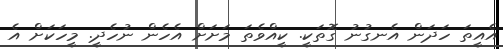
އެއީތަ ހަދަން އެނގުނު ގޮތަކީ. ކީއްވެތަ މަށަށް އެހެން ނުހެދީ. މީހަކަށް އެ